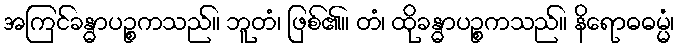
အကြင်ခန္ဓာပဉ္စကသည်။ ဘူတံ၊ ဖြစ်၏။ တံ၊ ထိုခန္ဓာပဉ္စကသည်။ နိရောဓဓမ္မံ၊